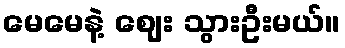
မေမေနဲ့ ဈေး သွားဦးမယ်။